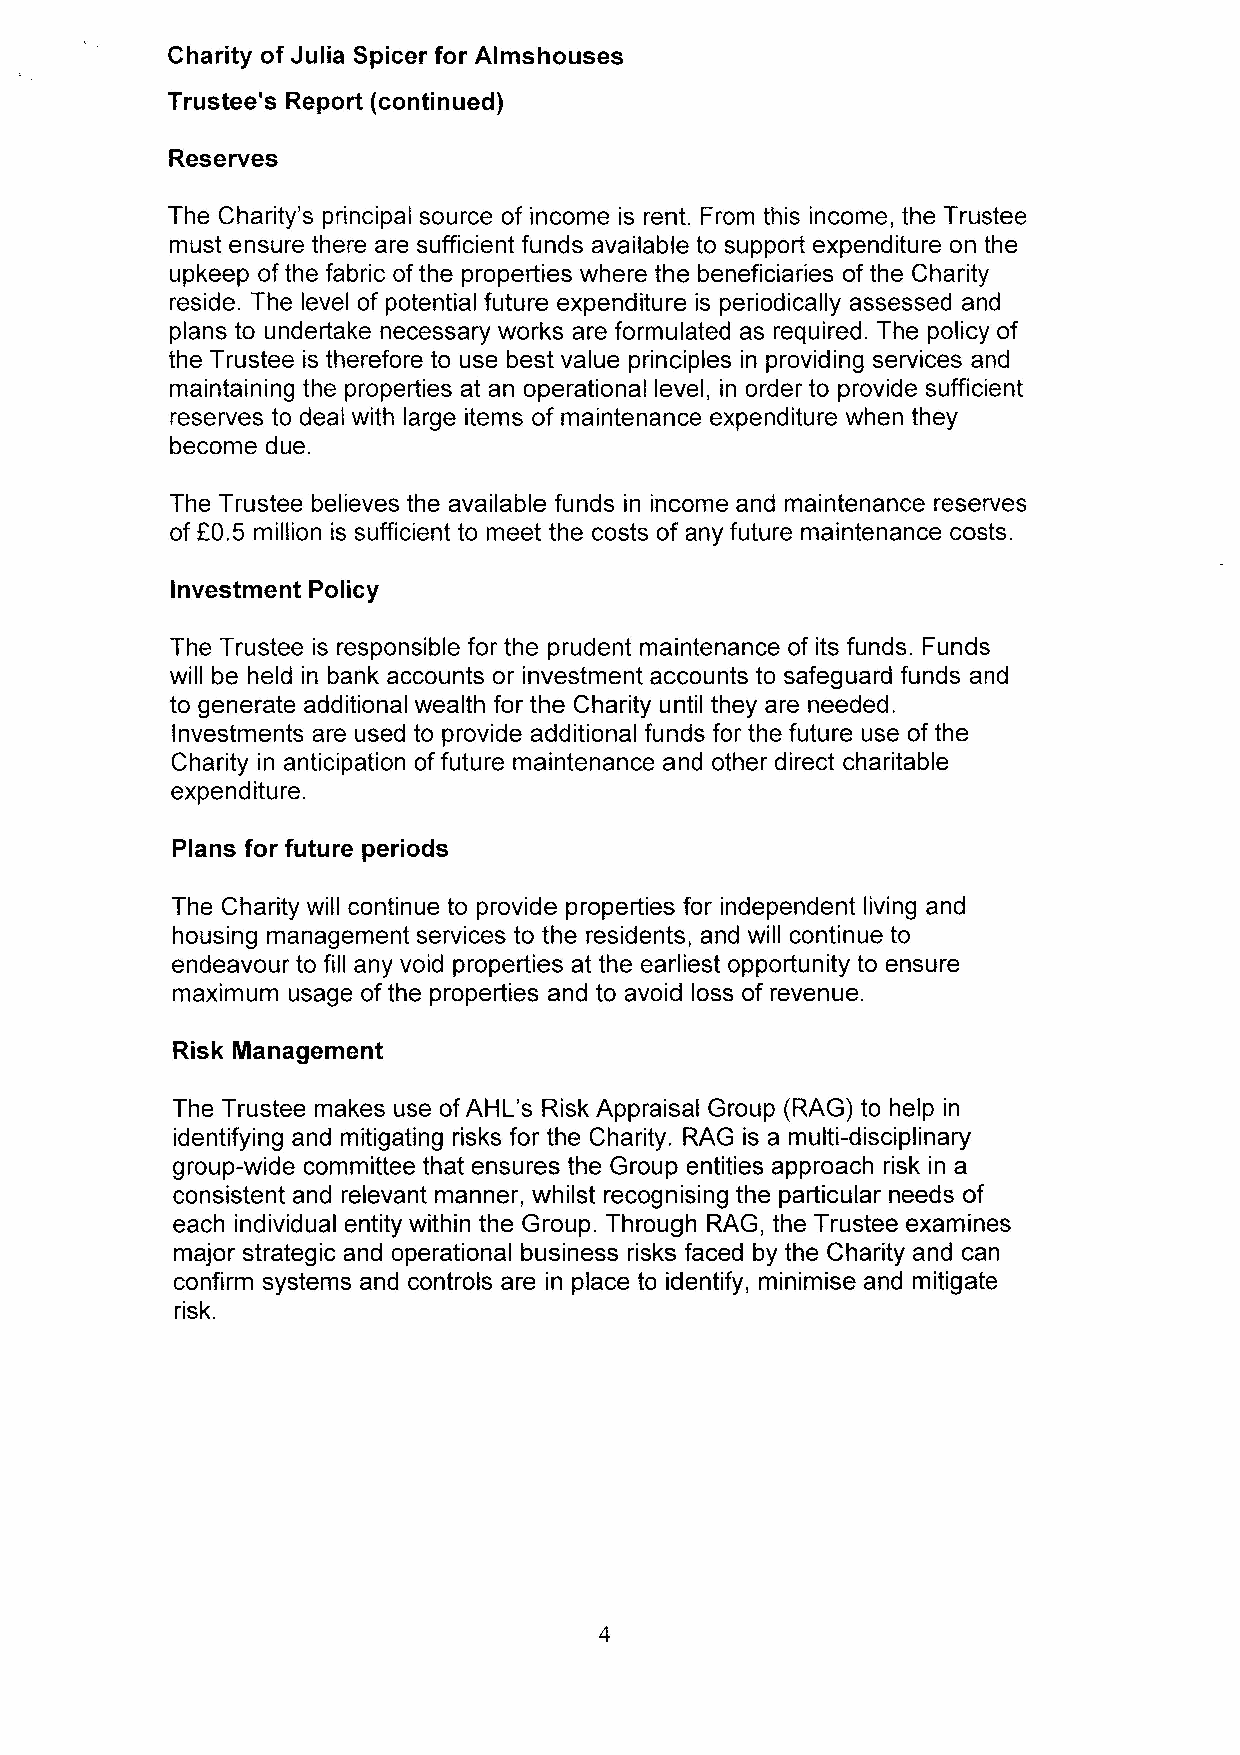
Charity of Julia Spicer for Almshouses
 Trustee's Report (continued)
 Reserves
 The Charity's principal source of income is rent. From this income, the Trustee
 must ensure there are sufficient funds available to support expenditure on the
 upkeep of the fabric ofthe properties where the beneficiaries of the Charity
 reside. The level of potential future expenditure is periodically assessed and
 plans to undertake necessary works are formulated as required. The policy of
 the Trustee is therefore to use best value principles in providing services and
 maintaining the properties at an operational level, in order to provide sufficient
 reserves to deal with large items of maintenance expenditure when they
 become due.
 The Trustee believes the available funds in income and maintenance reserves
 of E0.5 million is sufficient to meet the costs of any future maintenance costs.
 Investment Policy
 The Trustee is responsible for the prudent maintenance of its funds. Funds
 will be held in bank accounts or investment accounts to safeguard funds and
 to generate additional wealth for the Charity until they are needed.
 Investments are used to provide additional funds for the future use of the
 Charity in anticipation of future maintenance and other direct charitable
 expenditure.
 Plans for future periods
 The Charity will continue to provide properties for independent living and
 housing management services to the residents, and will continue to
 endeavour to fill any void properties at the earliest opportunity to ensure
 maximum usage of the properties and to avoid loss of revenue.
 Risk Management
 The Trustee makes use ofAHL's Risk Appraisal Group (RAG) to help in
 identifying and mitigating risks for the Charity. RAG is a multi-disciplinary
 group-wide committee that ensures the Group entities approach risk in a
 consistent and relevant manner, whilst recognising the particular needs of
 each individual entity within the Group. Through RAG, the Trustee examines
 major strategic and operational business risks faced by the Charity and can
 confirm systems and controls are in place to identify, minimise and mitigate
 risk.